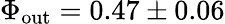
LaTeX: \Phi_{\mathrm{out}}=0.47\pm 0.06